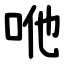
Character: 咃